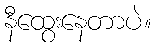
နီထွေးနေတာပဲ။